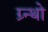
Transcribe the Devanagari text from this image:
ग्र्न्थो